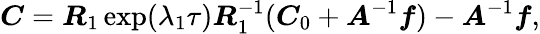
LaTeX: \boldsymbol{C}=\boldsymbol{R}_{1}\exp(\lambda_{1}\tau)\boldsymbol{R}_{1}^{-1}(\boldsymbol{C}_{0}+\boldsymbol{A}^{-1}\boldsymbol{f})-\boldsymbol{A}^{-1}\boldsymbol{f},